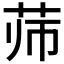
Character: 𰰳